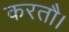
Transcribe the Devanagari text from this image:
करतौ।